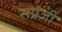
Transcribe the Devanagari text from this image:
सप्रेजी